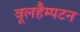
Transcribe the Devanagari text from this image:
वूलहैम्पटन